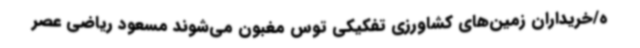
ه/خریداران زمین‌های کشاورزی تفکیکی توس مغبون می‌شوند مسعود ریاضی عصر